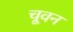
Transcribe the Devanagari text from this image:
चूवन